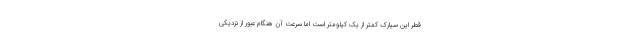
قطر این سیارک کمتر از یک کیلومتر است اما سرعت آن هنگام عبور از نزدیکی